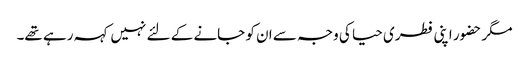
مگر حضور اپنی فطری حیا کی وجہ سے ان کو جانے کے لئے نہیں کہہ رہے تھے۔